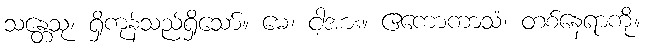
သန္တေသု၊ ရှိကုန်သည်ရှိသော်။ မေ၊ ငါ့အား။ ဧကောကာသံ၊ တစ်နေရာကို။